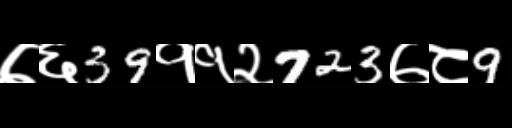
Text: ७६39११२723७८9